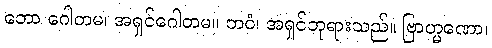
ဘော ဂေါတမ၊ အရှင်ဂေါတမ။ ဘဝံ၊ အရှင်ဘုရားသည်။ ဗြာဟ္မဏော၊